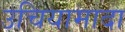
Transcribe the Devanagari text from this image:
उचियामादा